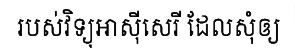
របស់វិទ្យុអាស៊ីសេរី ដែលសុំឲ្យ